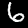
Label: 6